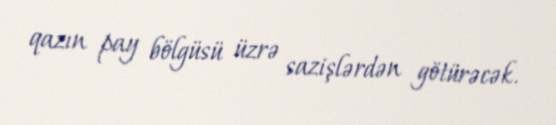
qazın pay bölgüsü üzrə sazişlərdən götürəcək.